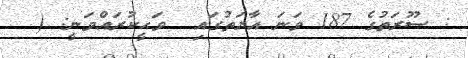
: ސޫރަތުގެ 187 ވަނަ އާޔަތުގައި  ވަޙީކުރައްވަނީ: (